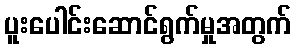
ပူးပေါင်းဆောင်ရွက်မှုအတွက်